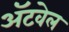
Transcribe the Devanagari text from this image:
अॅटवेल